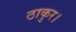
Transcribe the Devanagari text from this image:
ठाकुर।